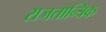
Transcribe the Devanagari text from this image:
राजतान्त्रिक